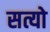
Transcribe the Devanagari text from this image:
सत्यो